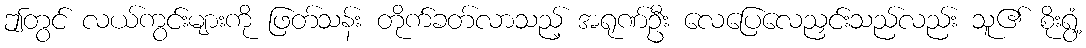
ဤတွင် လယ်ကွင်းများကို ဖြတ်သန်း တိုက်ခတ်လာသည့် အရုဏ်ဦး လေပြေလေညှင်းသည်လည်း သူ၏ စိုးရွံ့